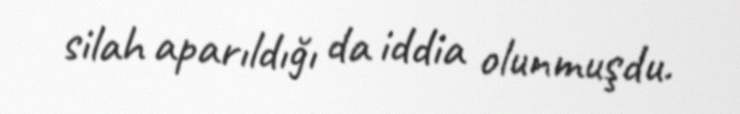
silah aparıldığı da iddia olunmuşdu.